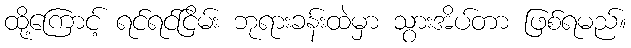
ထို့ကြောင့် ရင်ရင်ငြိမ်း ဘုရားခန်းထဲမှာ သွားအိပ်တာ ဖြစ်ရမည်။